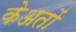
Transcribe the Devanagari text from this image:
केअतों